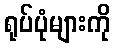
ရုပ်ပုံများကို